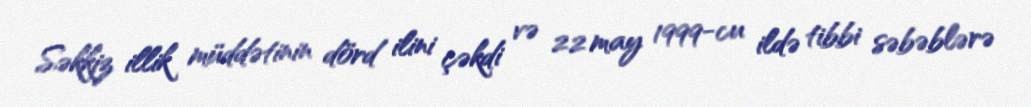
Səkkiz illik müddətinin dörd ilini çəkdi və 22 may 1999-cu ildə tibbi səbəblərə